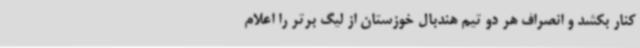
کنار بکشد و انصراف هر دو تیم هندبال خوزستان از لیگ برتر را اعلام